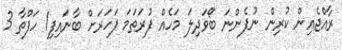
ރާއްޖެއިން ކުރިން ނުފެންނަ ބޯވަދިލަ މަހެއް ފުރަތަމަ ފަހަރަށް ބާނައިފި1 ހަފްތާ 3